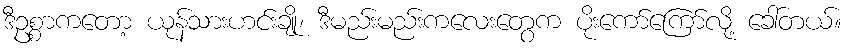
ဒီဥစ္စာကတော့ ယုန်သားဟင်းချို၊ ဒီမည်းမည်းကလေးတွေက ပိုးကော်ကြော်လို့ ခေါ်တယ်။